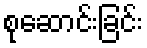
စုဆောင်းခြင်း